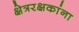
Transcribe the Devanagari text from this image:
क्षेत्ररक्षकांना